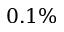
0 . 1 \%